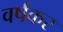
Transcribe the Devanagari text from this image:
वर्षकर